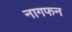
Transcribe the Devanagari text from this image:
नागफन